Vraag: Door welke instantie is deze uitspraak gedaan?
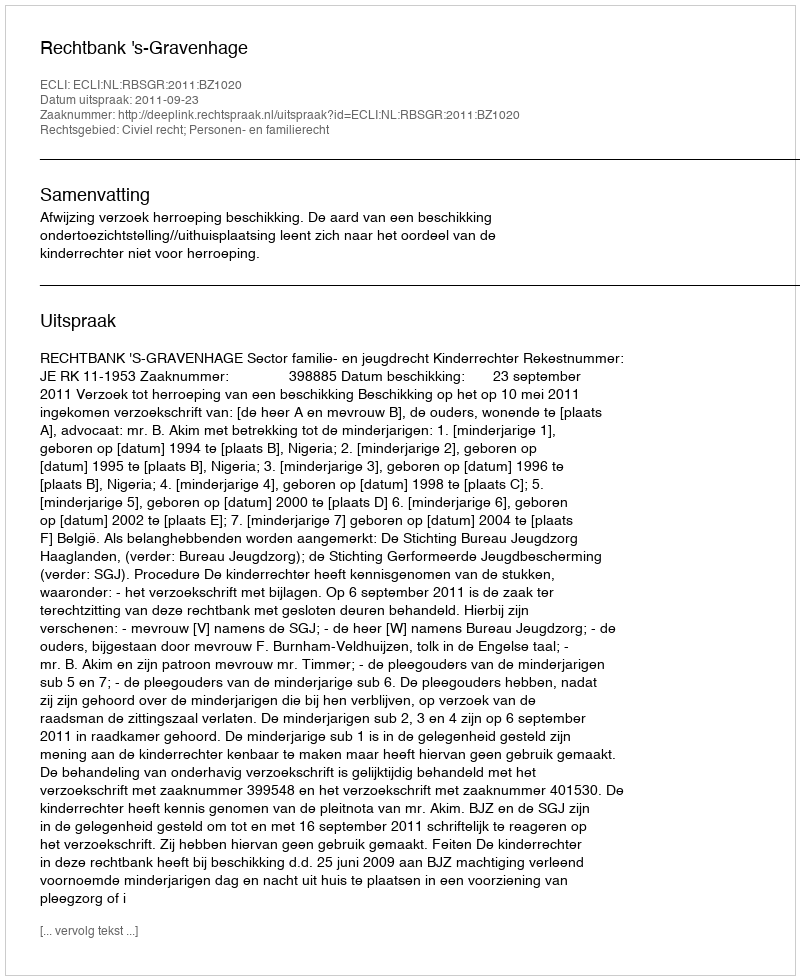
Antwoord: Rechtbank 's-Gravenhage